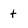
Character: t